Suure-Kopu_vallavalitsus, lk 74
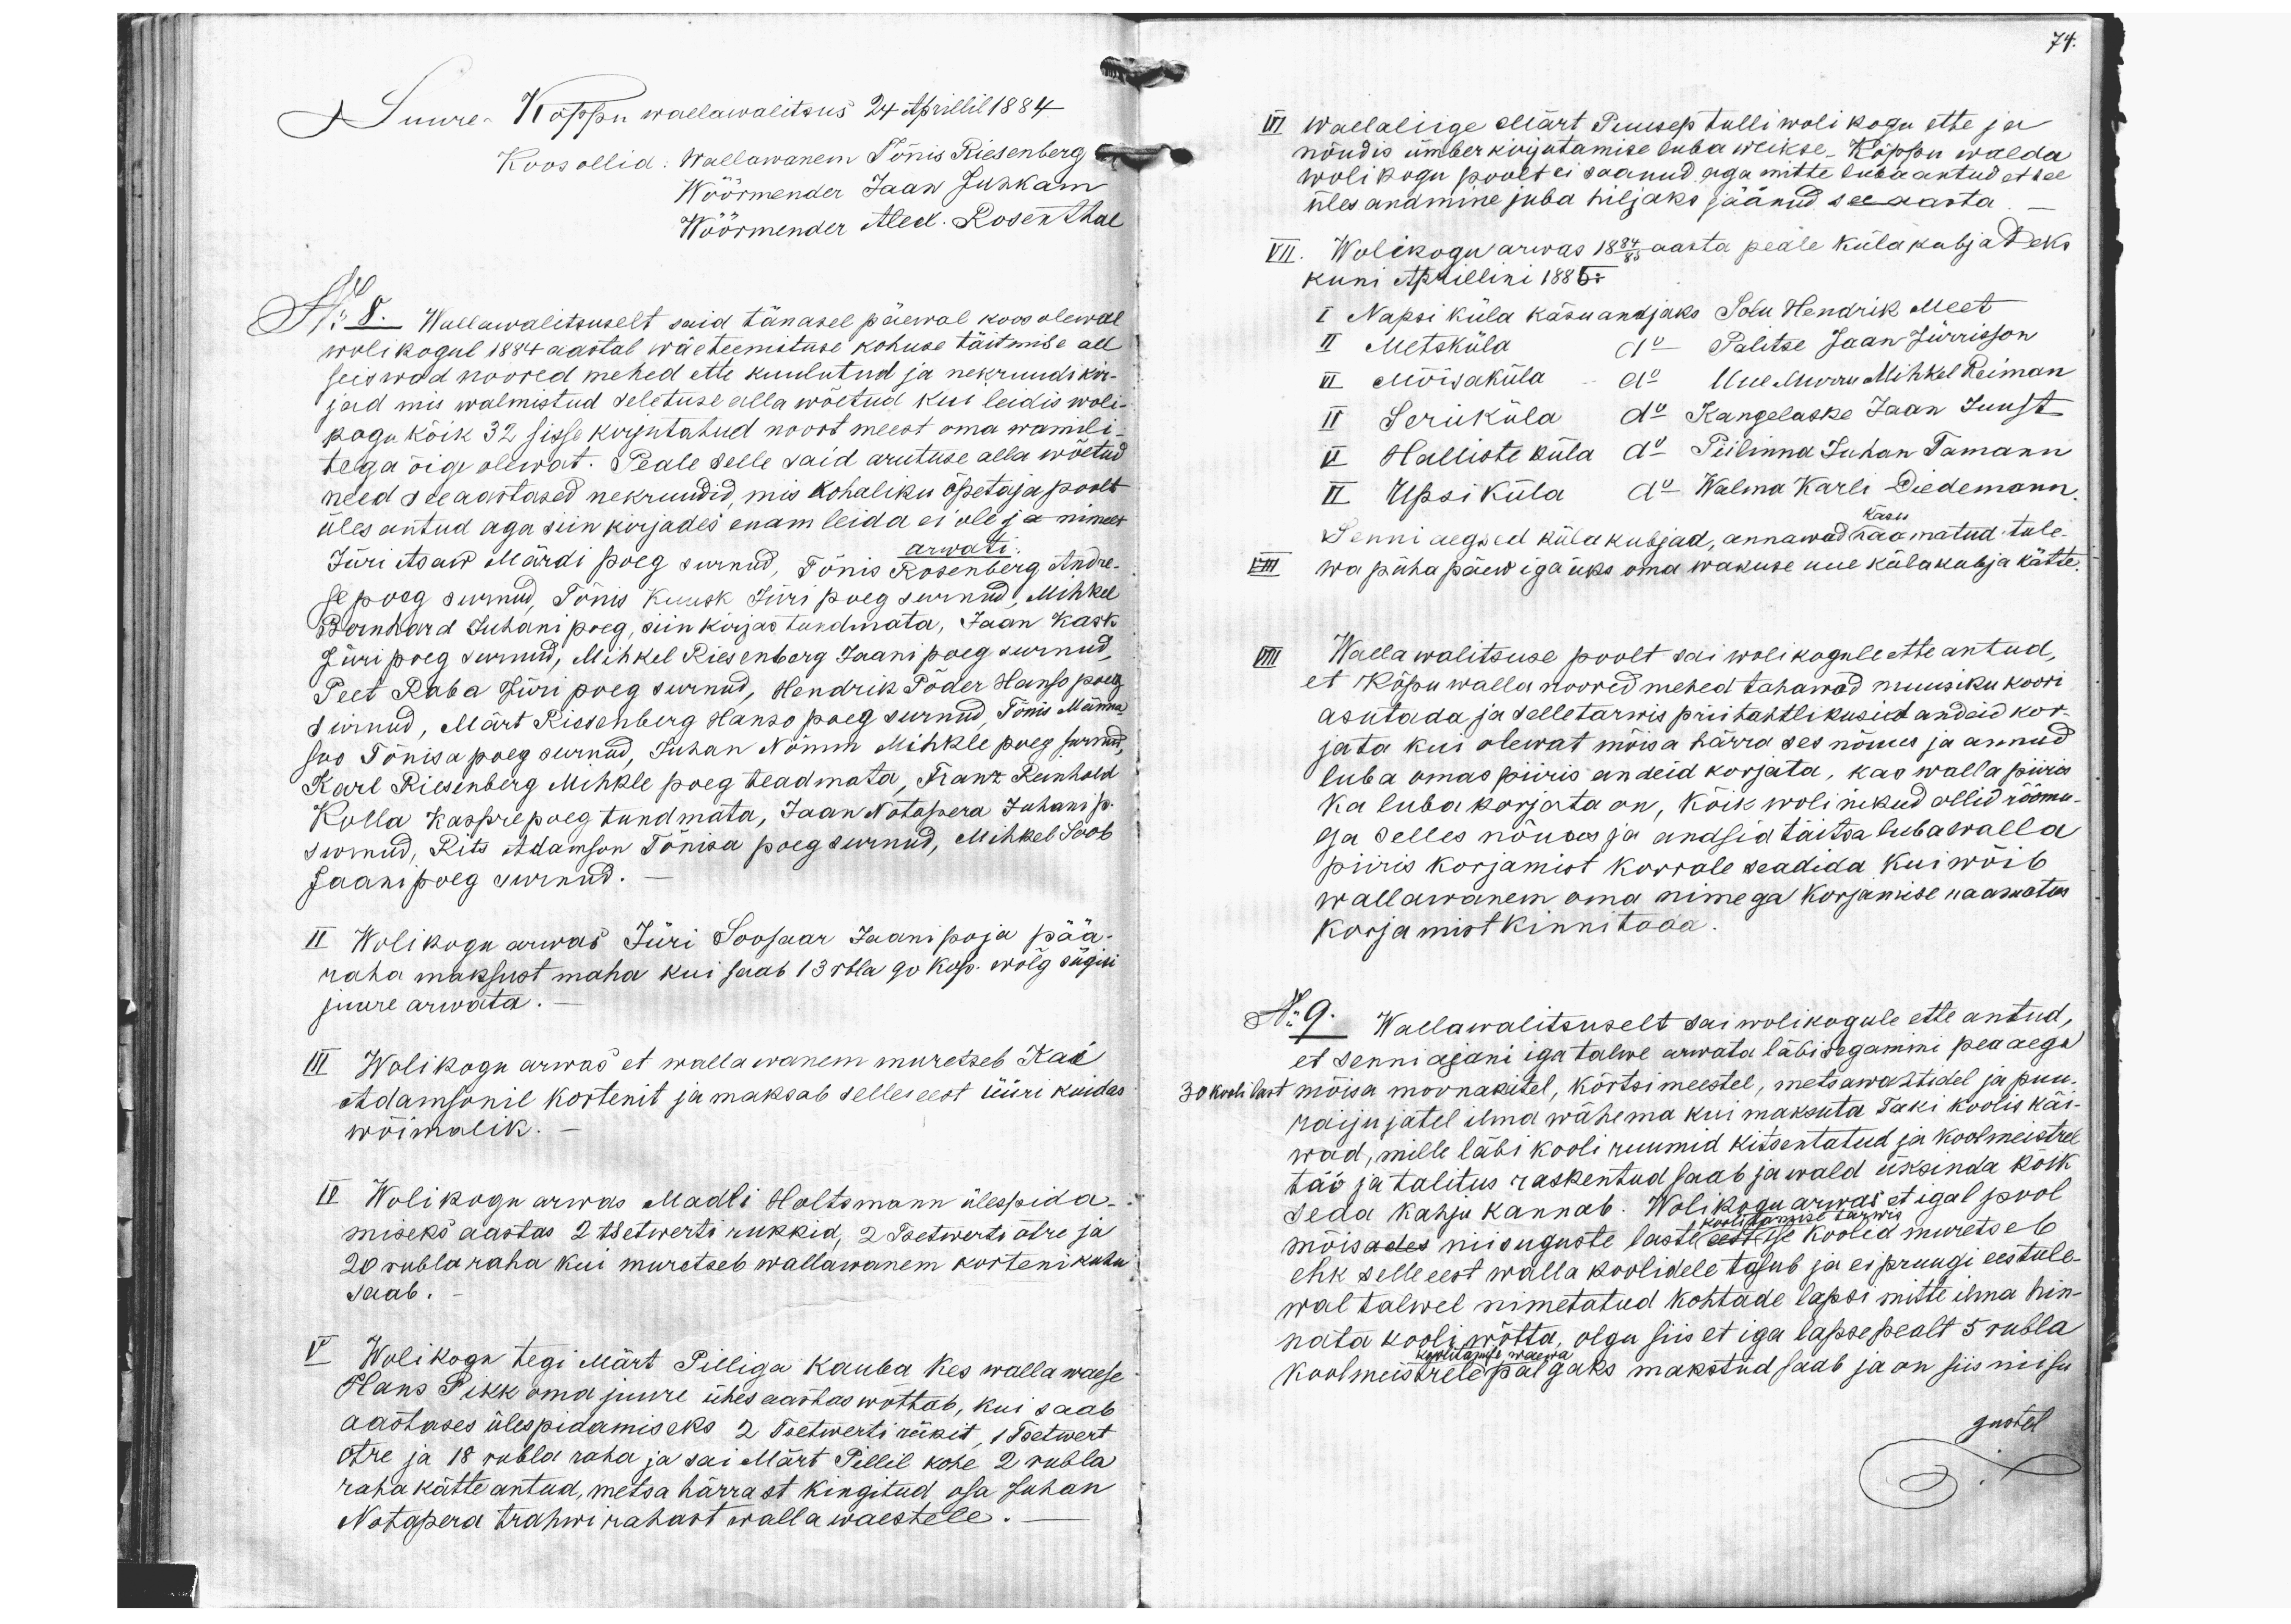
Suure-Kõppu wallawalitsus 24 Aprilil 1884
Koos ollid: Wallawanem Tõnis Riesenberg
Wöörmander Jaan Juhkam
Wöörmender Alex. Rosenthal
No: 8. Wallawalitsuselt said tänasel päewal koosolewal
wolikogul 1884 aastal wäeteenistuse kohuse täitmise all
seiswad noored mehed ette kuulutud ja nekruudikir-
jad mis walmistud seletuse alla wõetud kui leidis woli
kogu kõik 32 sisse kirjutatud noort meest oma wamili-
tega õige olewat. Peale selle said arutuse alla wõetud
need see aastased nekruudid, mis kohaliku õpetaja poolt
üles antud aga siin kirjades enam leida ei ole ja nimelt
Jüri Asaw Märdi poeg surnud, Tõnis Rosenberg Andre-
arwati
se poog surnud. Tõnis Kuusk Jüri poeg surnud, Mihkel
Bernhard Juhani poeg, siin kirjas tundmata, Jaan Kask
Jüri poeg surnud, Mihkel Riesenberg Jaani poeg surnud,
Peet Raba Jüri poeg surnud, Hendrik Põder Hanso poeg
surnud, Märt Riesenberg Hanso poeg surnud, Tõnis Männa
sus Tõnisa poeg surnud, Juhan Nõmm Mihkle poeg surnud,
Karl Riesenberg Mihkli poeg teadmata, Franz Reinhold
Kulla Kaspre poeg tundmata, Jaan Notapera Juhani p.
surnud, Rits Adamson Tõnisa poeg surnud, Mihkel Soob
Jaanipoeg surnud.
II Wolikogu arwas Jüri Soosaar Jaani poja pää-
raha maksust maha kui saab 13 rbl. a. 90 kop. wõlg sügise
juure arwata.
III Wolikogu arwas et wallawanem muretseb Kai
Adamsonil kortenit ja maksab selle eest üüri kuidas
wõimalik.
IV Wolikogu arwas Madli Holtsmann ülespida-
miseks aastas 2 tsetwerti rukkid, 2 Soetwerti otre ja
20 rubla raha kui muretseb wallawanem korterikuhu
saab.
V. Wolikogu tegi Märt Pilliga kauba Kes wallawaese
Hans Pikk oma juure ühes aastas wõttab, kui saab
aastases ülespidamiseks 2 Tsetwerti rükit, 1 Tsetwert
otre ja 18 rubla raha ja sai Märt Pillil kohe 2 rubla
raha kätte antud, metsa härrast kingitud osa Juhan
Notapera trahwirahast walla waestele.
74.
VI Wallaliige Märt Puusep tulli wolikogu ette ja
nõudis ümberkirjutamise luba weikse Kõppu walda
wolikogu poolt ei saanud aga mitte luba antud et see
ülesandmine juba hiljaks jäänud see aasta
VII. Wolikogu arvas 18 84/85 aasta peale külakubjadeks
kuni Aprillini 1885.
I Napsi küla käsuandjaks Solu Hendrik Meet
II Metsküla a"  Palitse Jaan Jürrisson
III Mõisaküla a" Uue-Murra Mihkel Reiman
IV Seruküla a" Kangelaske Jaan Juust
V Halliste küla a"  Piilinna Juhan Tamann
VI Upsi küla a" Walma Karli Diedemann,
käsu
Senni aegsed küla kubjad, annawad raamatud tule-
VIII wa pühapäew igaüks oma wakuse uue külakubja kätte.
VIII Wallawalitsuse poolt sai wolikogule ette antud,
et Kõpu walla noored mehed tahawad muusiku koori
asutada ja selletarwis prii tahtlikusid andeid kor-
jata kui olewat mõisa härra ses nõuus ja annud
luba omas piiris andeid korjata, kas walla piiris
ka lubakorjata on, kõik wolinikud ollid rõõmu-
ga selles nõuus ja andsid täitsa luba walla
piiris korjamist korrale seadida kui wõib
wallawanem oma nimega korjamise raamatus
korjamist kinnitada.
No 9. Wallawalitsuselt sai wolikogule ette antud,
et senni ajani iga talwe arwata läbisegamini peaaegu
30 koolilast mõisa moonakitel, kõrtsimeestel, metsawahtidel ja puu
raijujatel ilma wähema kui maksuta Taki koolis käi-
wad, mille läbi kooli ruumid kitsentatud ja koolmeistrel
töö ja talitus raskentud saab ja wald üksinda kõik
seda kahju kannab. Wolikogu arwas et igal pool
mõisades niisuguste laste eest ise koolid muretseb
koolitamise tarwis
ehk selle eest walla koolidele tasub ja ei pruugi eestule-
wal talwel nimetatud kohtade lapsi mitte ilma hin-
nata kooli wõtta, olgu siis et iga lapse pealt 5 rubla
koolitamise waewa
koolmeistele palgaks makstud saab ja on siis niisu-
gustel